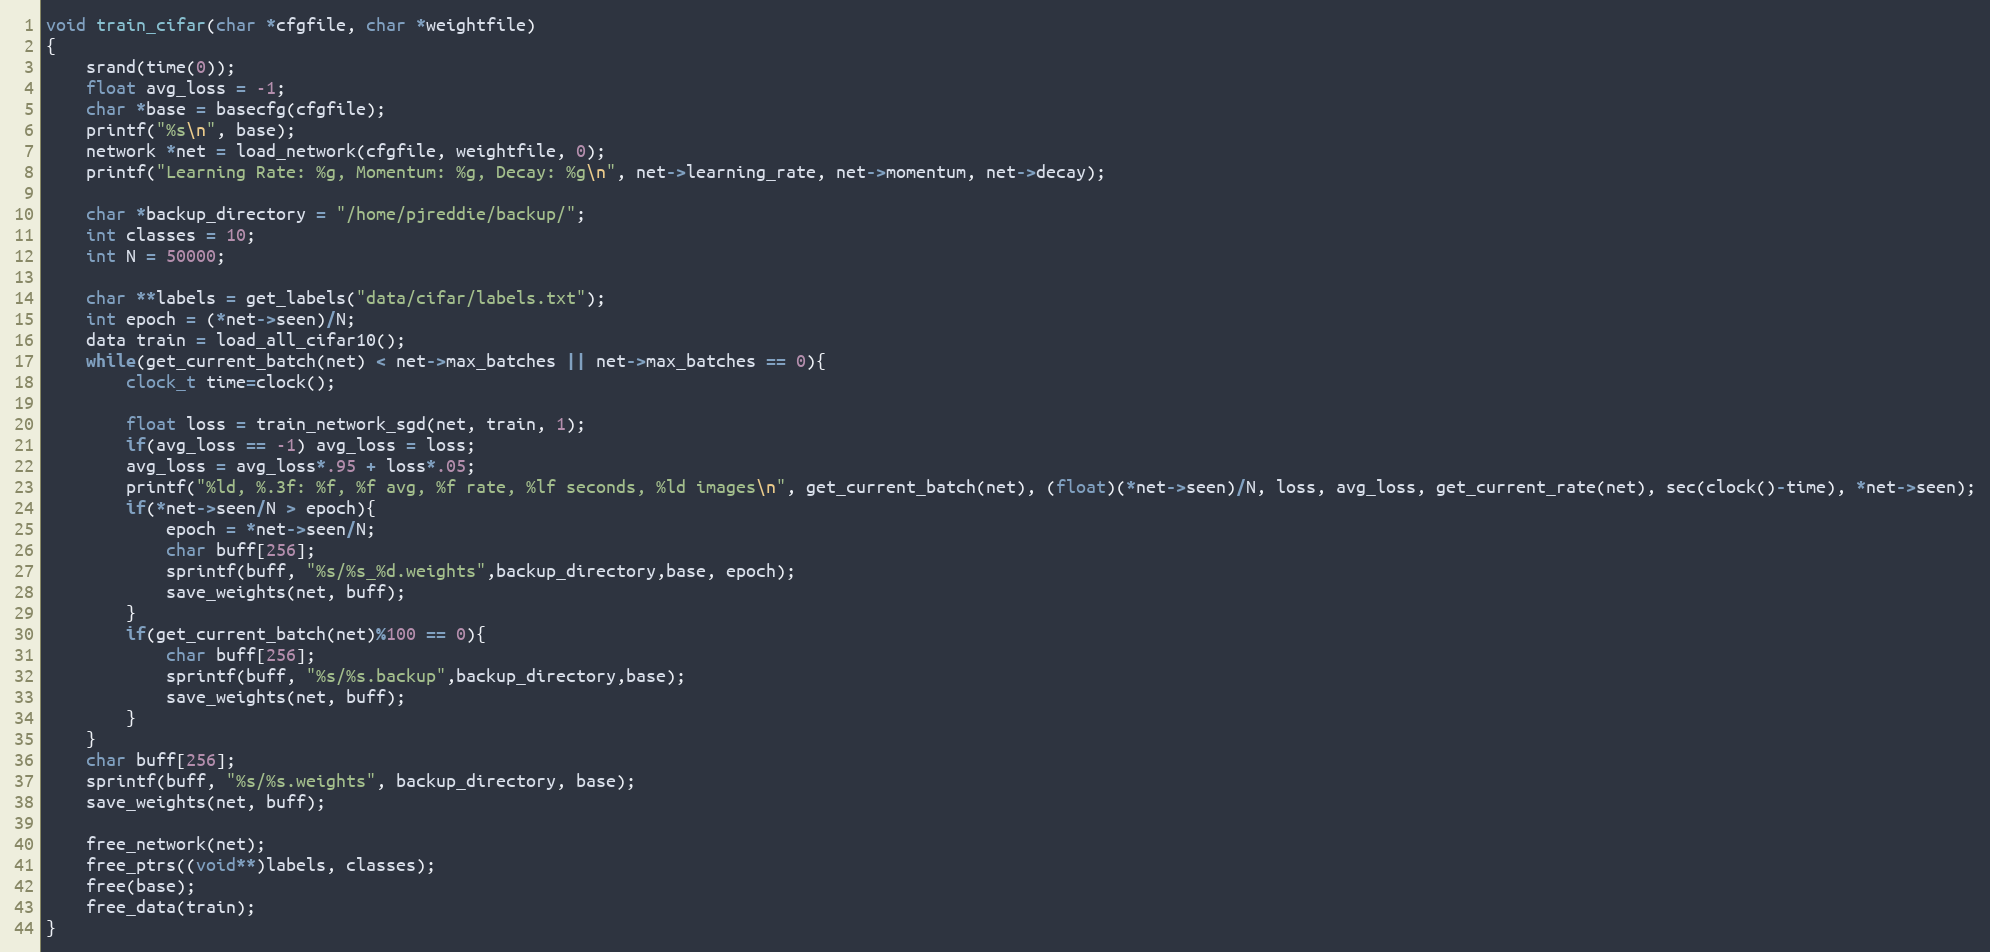
Language: C
void train_cifar(char *cfgfile, char *weightfile)
{
    srand(time(0));
    float avg_loss = -1;
    char *base = basecfg(cfgfile);
    printf("%s\n", base);
    network *net = load_network(cfgfile, weightfile, 0);
    printf("Learning Rate: %g, Momentum: %g, Decay: %g\n", net->learning_rate, net->momentum, net->decay);

    char *backup_directory = "/home/pjreddie/backup/";
    int classes = 10;
    int N = 50000;

    char **labels = get_labels("data/cifar/labels.txt");
    int epoch = (*net->seen)/N;
    data train = load_all_cifar10();
    while(get_current_batch(net) < net->max_batches || net->max_batches == 0){
        clock_t time=clock();

        float loss = train_network_sgd(net, train, 1);
        if(avg_loss == -1) avg_loss = loss;
        avg_loss = avg_loss*.95 + loss*.05;
        printf("%ld, %.3f: %f, %f avg, %f rate, %lf seconds, %ld images\n", get_current_batch(net), (float)(*net->seen)/N, loss, avg_loss, get_current_rate(net), sec(clock()-time), *net->seen);
        if(*net->seen/N > epoch){
            epoch = *net->seen/N;
            char buff[256];
            sprintf(buff, "%s/%s_%d.weights",backup_directory,base, epoch);
            save_weights(net, buff);
        }
        if(get_current_batch(net)%100 == 0){
            char buff[256];
            sprintf(buff, "%s/%s.backup",backup_directory,base);
            save_weights(net, buff);
        }
    }
    char buff[256];
    sprintf(buff, "%s/%s.weights", backup_directory, base);
    save_weights(net, buff);

    free_network(net);
    free_ptrs((void**)labels, classes);
    free(base);
    free_data(train);
}